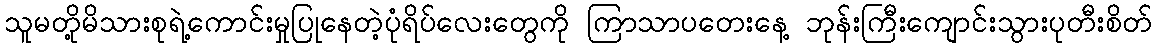
သူမတို့မိသားစုရဲ့ကောင်းမှုပြုနေတဲ့ပုံရိပ်လေးတွေကို ကြာသာပတေးနေ့ ဘုန်းကြီးကျောင်းသွားပုတီးစိတ်